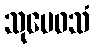
သုမေဓသံ